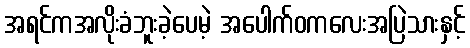
အရင်ကအလိုးခံဘူးခဲ့ပေမဲ့ အပေါက်ဝကလေးအပြဲသားနှင့်